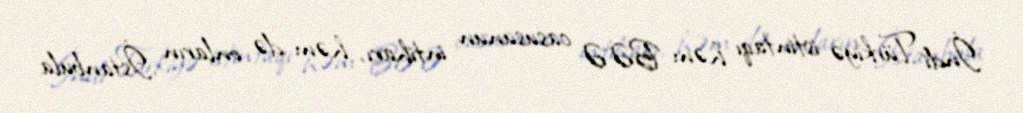
İndi Türkiyə istintaqı həm BƏƏ casusunun intiharı, həm də onların İstanbula